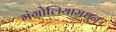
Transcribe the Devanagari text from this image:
मंगोलियामधून